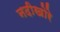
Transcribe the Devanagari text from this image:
नदीखोरे